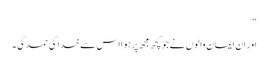
“
اور ان ایمان والوں نے جو کچھ مجھ پر ہوا اس سے خدا کی حمد کی ۔